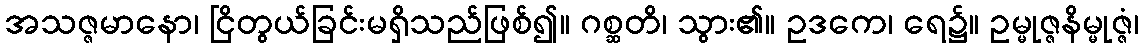
အသဇ္ဇမာနော၊ ငြိတွယ်ခြင်းမရှိသည်ဖြစ်၍။ ဂစ္ဆတိ၊ သွား၏။ ဥဒကေ၊ ရေ၌။ ဥမ္မုဇ္ဇနိမ္မုဇ္ဇံ၊